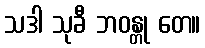
သဒါ သုခီ ဘဝန္တု တေ။